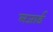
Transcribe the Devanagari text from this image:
लजार्ड